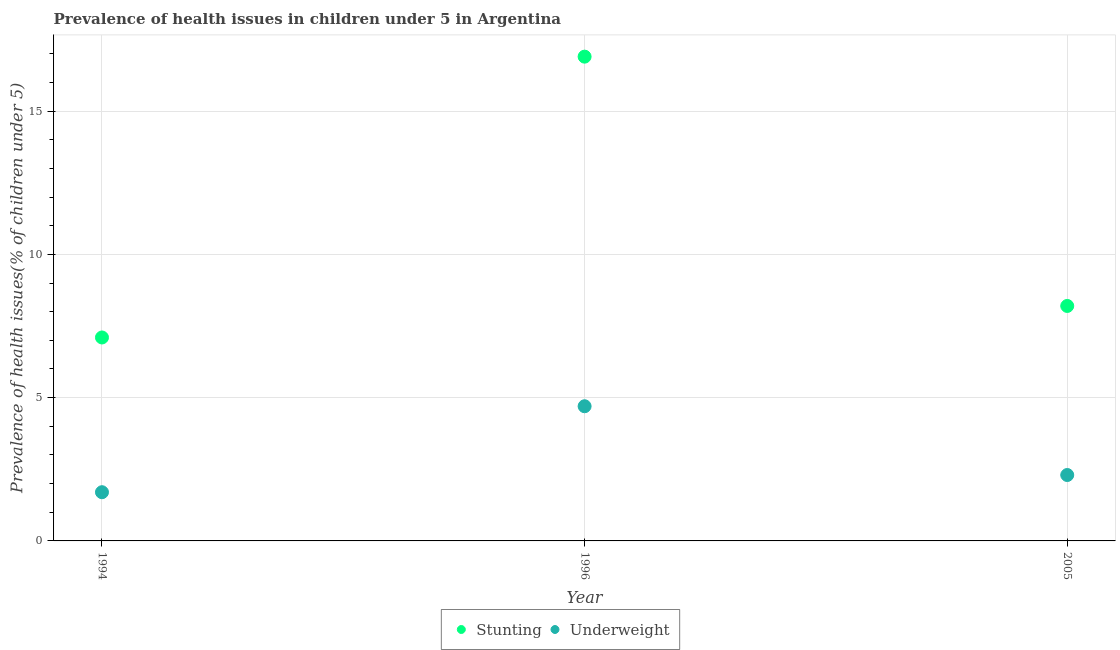
| Year | Stunting | Underweight |
 | --- | --- | --- |
 | 1994 | 7.1 | 1.7 |
 | 1996 | 16.9 | 4.7 |
 | 2005 | 8.2 | 2.3 |